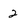
Character: 2